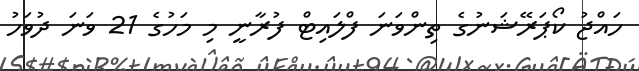
ހައްޖު ކޯޕަރޭޝަނުގެ ތިންވަނަ ފްލައިޓް ފުރާނީ މި މަހުގެ 21 ވަނަ ދުވަހު